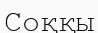
Соққы